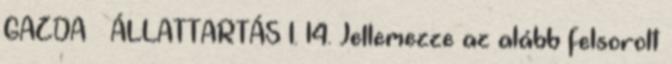
GAZDA – ÁLLATTARTÁS I. 14. Jellemezze az alább felsorolt